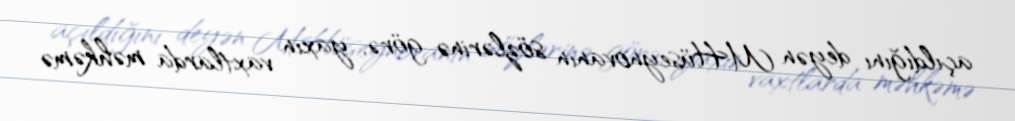
açıldığını deyən M.Hüseynovanın sözlərinə görə, yaxın vaxtlarda məhkəmə